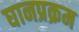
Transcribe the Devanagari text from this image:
घानप्रक्रम